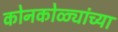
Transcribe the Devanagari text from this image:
कोनकोळ्यांच्या